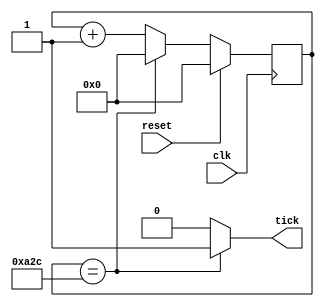
//K.Bajur, K.Brudz

module tick_gen(
    input reset,
    input clk,
    output tick
    );
parameter max = 2604 ;
reg[31:0]counter;
assign tick=(counter==max)?1'b1:1'b0;
always@(posedge clk)
	if(reset)
		counter<=0;
	else if(counter==max)
		counter<=0;
	else
		counter<=counter+1;
endmodule